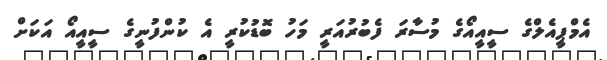
އެމްޕީއެލްގެ ސީއީއޯގެ މުސާރަ ފެބުރުއަރީ މަހު ބޮޑުކުރީ އެ ކުންފުނީގެ ސީއީއޯ އަކަށް